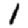
Digit: 1